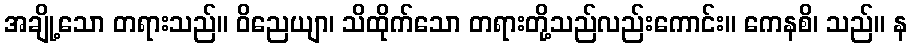
အချို့သော တရားသည်။ ဝိညေယျာ၊ သိထိုက်သော တရားတို့သည်လည်းကောင်း။ ကေနစိ၊ သည်။ န